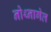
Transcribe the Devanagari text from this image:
नोथ्नागेल